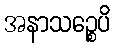
အနာသဉ္စေပိ